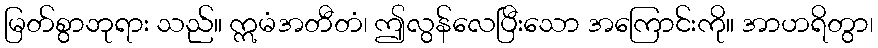
မြတ်စွာဘုရား သည်။ ဣမံအတီတံ၊ ဤလွန်လေပြီးသော အကြောင်းကို။ အာဟရိတွာ၊